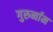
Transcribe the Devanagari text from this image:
गुरुर्नाम